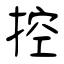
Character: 控